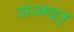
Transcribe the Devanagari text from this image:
संस्कइतु